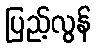
ပြည့်လွန်